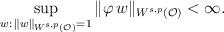
LaTeX: \begin{align*}\sup_{w:\,\|w\|_{W^{s,p}(\mathcal O)}=1}\|\varphi \,w\|_{W^{s,p}(\mathcal O)}<\infty.\end{align*}